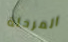
المرحلة